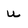
Character: U